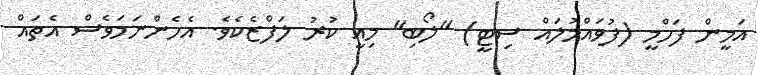
އަމީން ފަހްމީ (ފުވައްމުލައް ސިޓީ) "ލޯބި" މިއީ ކުރު ލަފްޒެކެވެ. އެހެންނަމަވެސް އެތައް